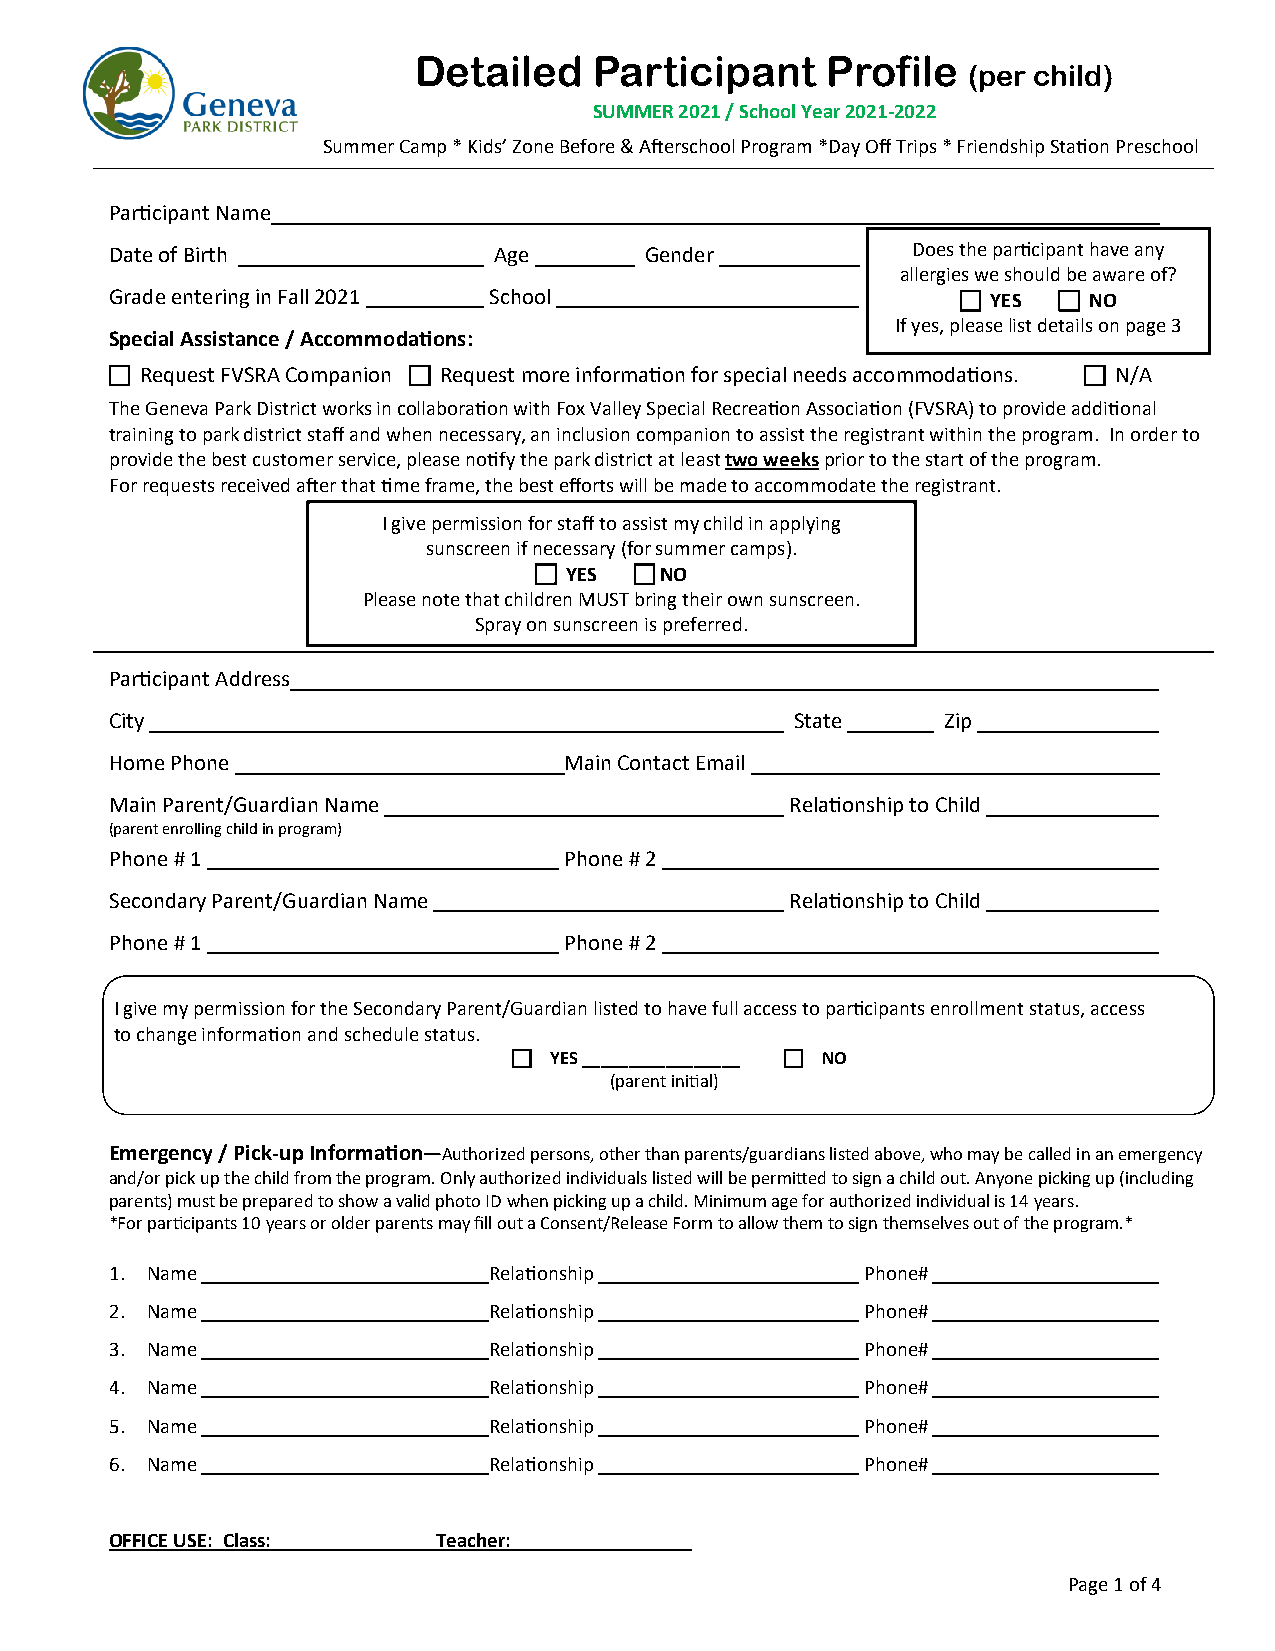
Detailed    Participant     Profile
 (per child)
 SUMMER 2021 / School Year 2021-2022
 Summer Camp * Kids’ Zone Before & Afterschool Program *Day Off Trips * Friendship Station Preschool
 Participant Name
 Date of Birth             Age       Gender           Does the participant have any
 allergies we should be aware of?
 Grade entering in Fall 2021 School                        YES  NO
 If yes, please list details on page 3
 Special Assistance / Accommodations:
  Request FVSRA Companion  Request more information for special needs accommodations.  N/A
 The Geneva Park District works in collaboration with Fox Valley Special Recreation Association (FVSRA) to provide additional
 training to park district staff and when necessary, an inclusion companion to assist the registrant within the program. In order to
 provide the best customer service, please notify the park district at least two weeks prior to the start of the program.
 For requests received after that time frame, the best efforts will be made to accommodate the registrant.
 I give permission for staff to assist my child in applying
 sunscreen if necessary (for summer camps).
  YES   NO
 Please note that children MUST bring their own sunscreen.
 Spray on sunscreen is preferred.
 Participant Address
 City                                          State     Zip
 Home Phone                    Main Contact Email
 Main Parent/Guardian Name                    Relationship to Child
 (parent enrolling child in program)
 Phone # 1                     Phone # 2
 Secondary Parent/Guardian Name               Relationship to Child
 Phone # 1                     Phone # 2
 I give my permission for the Secondary Parent/Guardian listed to have full access to participants enrollment status, access
 to change information and schedule status.
  YES _________________  NO
 (parent initial)
 Emergency / Pick-up Information—Authorized persons, other than parents/guardians listed above, who may be called in an emergency
 and/or pick up the child from the program. Only authorized individuals listed will be permitted to sign a child out. Anyone picking up (including
 parents) must be prepared to show a valid photo ID when picking up a child. Minimum age for authorized individual is 14 years.
 *For participants 10 years or older parents may fill out a Consent/Release Form to allow them to sign themselves out of the program.*
 1. Name                  Relationship             Phone#
 2. Name                  Relationship             Phone#
 3. Name                  Relationship             Phone#
 4. Name                  Relationship             Phone#
 5. Name                  Relationship             Phone#
 6. Name                  Relationship             Phone#
 OFFICE USE: Class:_______________ Teacher: _________________
 Page 1 of 4